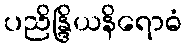
ပညိန္ဒြိယနိရောဓံ